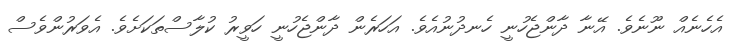
އެހެނެއް ނޫނެވެ. އޭނާ ދާންޖެހުނީ ހެނދުނުއެވެ. އަހަރެން ދާންޖެހުނީ ހަވީރު ކުލާސްތަކަށެވެ. އެވަރުންވެސް